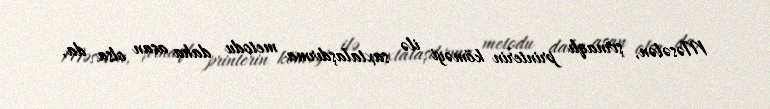
Məsələn, şırnaqlı printerin köməyi ilə saxtalaşdırma metodu daha asan olsa da,